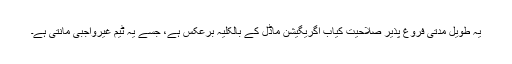
یہ طویل مدتی فروغ پذیر صلاحیت کیاب اگریگیشن ماڈل کے بالکلیہ برعکس ہے، جسے یہ ٹیم غیرواجبی مانتی ہے۔